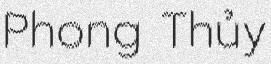
Phong Thủy